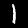
Label: 1